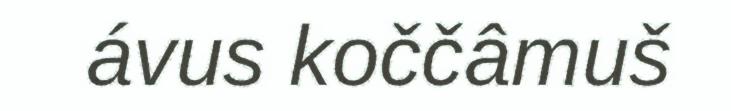
ávus koččâmuš